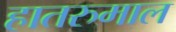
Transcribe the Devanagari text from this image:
हातरुमाल